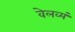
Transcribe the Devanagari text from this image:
वेलव्यं